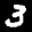
Label: 3